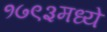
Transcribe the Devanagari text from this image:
१७९३मध्ये